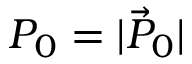
P _ { 0 } = \vert \vec { P } _ { 0 } \vert